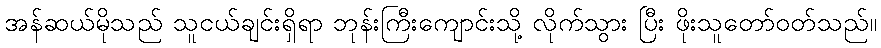
အန်ဆယ်မိုသည် သူငယ်ချင်းရှိရာ ဘုန်းကြီးကျောင်းသို့ လိုက်သွား ပြီး ဖိုးသူတော်ဝတ်သည်။